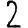
Digit: 2